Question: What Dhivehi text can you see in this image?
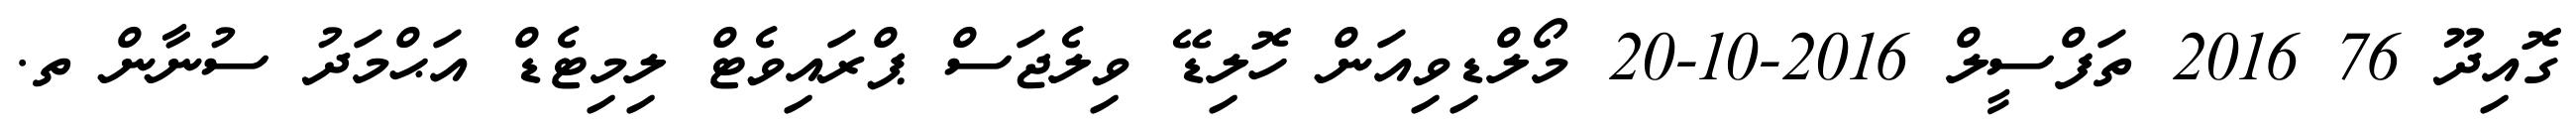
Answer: ގޮއިދޫ 76 2016 ތަފްސީލް 2016-10-20 މޯލްޑިވިއަން ހޮލިޑޭ ވިލެޖަސް ޕްރައިވެޓް ލިމިޓެޑް އަޙްމަދު ސުނާން ތ.